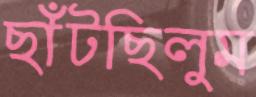
ছাঁটছিলুম